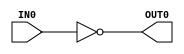
/* -----------------------------------------------------------------------------------
 * Module Name  : not_gate
 *
 * Description  : Basic parameterized NOT gate
 * ----------------------------------------------------------------------------------- */

module not_gate#( parameter WIDTH = 1 )(    input [WIDTH-1:0] IN0,
                                            output [WIDTH-1:0] OUT0 );

    assign OUT0 = ~( IN0 );

endmodule